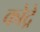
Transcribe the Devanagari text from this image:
कोद्रे